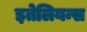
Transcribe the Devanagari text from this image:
इतेलियन्स